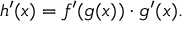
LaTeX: h ^ { \prime } ( x ) = f ^ { \prime } ( g ( x ) ) \cdot g ^ { \prime } ( x ) .